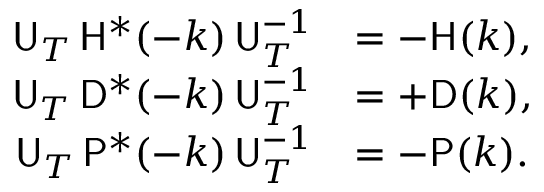
\begin{array} { r l } { { \sf U } _ { T } \, { \sf H } ^ { * } ( - k ) \, { \sf U } _ { T } ^ { - 1 } } & { = - { \sf H } ( k ) , } \\ { { \sf U } _ { T } \, { \sf D } ^ { * } ( - k ) \, { \sf U } _ { T } ^ { - 1 } } & { = + { \sf D } ( k ) , } \\ { { \sf U } _ { T } \, { \sf P } ^ { * } ( - k ) \, { \sf U } _ { T } ^ { - 1 } } & { = - { \sf P } ( k ) . } \end{array}